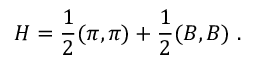
H = \frac { 1 } { 2 } ( \pi , \pi ) + \frac { 1 } { 2 } ( B , B ) \; .